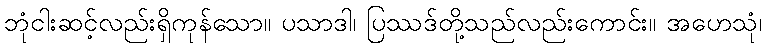
ဘုံငါးဆင့်လည်းရှိကုန်သော။ ပသာဒါ၊ ပြဿဒ်တို့သည်လည်းကောင်း။ အဟေသုံ၊